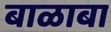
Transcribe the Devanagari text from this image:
बाळाबा